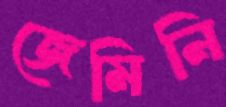
জেমিনি